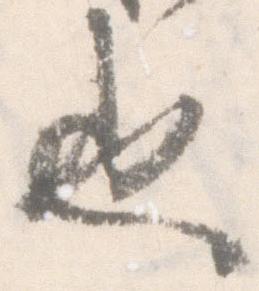
也